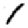
Digit: 1